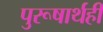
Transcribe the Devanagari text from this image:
पुरूषार्थही